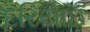
દરિયાઇ